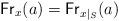
LaTeX: \begin{align*}\mathsf{Fr}_x(a) = \mathsf{Fr}_{x|_S}(a)\end{align*}